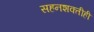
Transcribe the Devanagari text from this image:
सहनशक्तीही